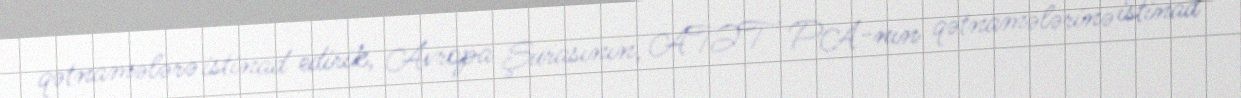
qətnamələrə istinad edirik, Avropa Şurasının, ATƏT PA-nın qətnamələrinə istinad